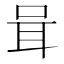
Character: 咠